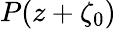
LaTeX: P(z+\zeta_{0})